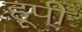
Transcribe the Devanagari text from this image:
हूपी